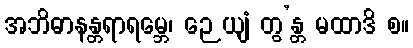
အဘိဓာနန္တရာရမ္ဘေ၊ ဉေယျံ တွ’န္တ မထာဒိ စ။